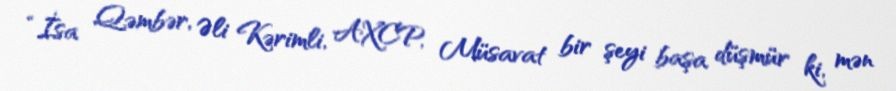
“İsa Qəmbər, Əli Kərimli, AXCP, Müsavat bir şeyi başa düşmür ki, mən